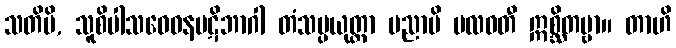
သတိပိ, သူစိပါသဝေဓနပဋိဘာဂါ တံသမ္ပယုတ္တာ ပညာပိ ဗလဝတီ ဣစ္ဆိတဗ္ဗာ။ တာဟိ